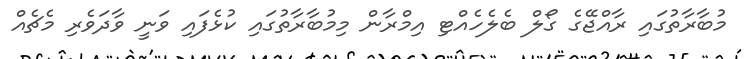
މުބާރާތުގައި ރާއްޖޭގެ ގޯލް ބެލެހެއްޓި އިމްރާން މިމުބާރާތުގައި ކުޅެފައި ވަނީ ވާދަވެރި މެޗެއް